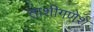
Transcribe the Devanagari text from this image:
ताशीगणेश